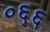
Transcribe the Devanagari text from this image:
०६६